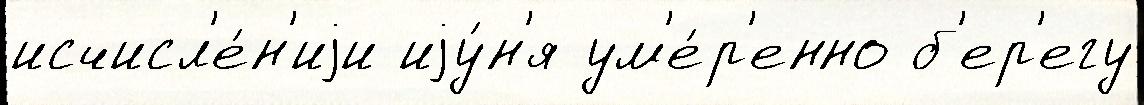
исчисл'е́н'иjи иjу́н'я ум'е́р'енно б'ер'егу